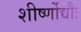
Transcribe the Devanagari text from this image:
शीर्ष्णोद्यौः